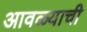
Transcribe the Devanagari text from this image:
आवळ्याची